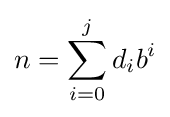
n=\sum _{i=0}^{j}d_{i}b^{i}